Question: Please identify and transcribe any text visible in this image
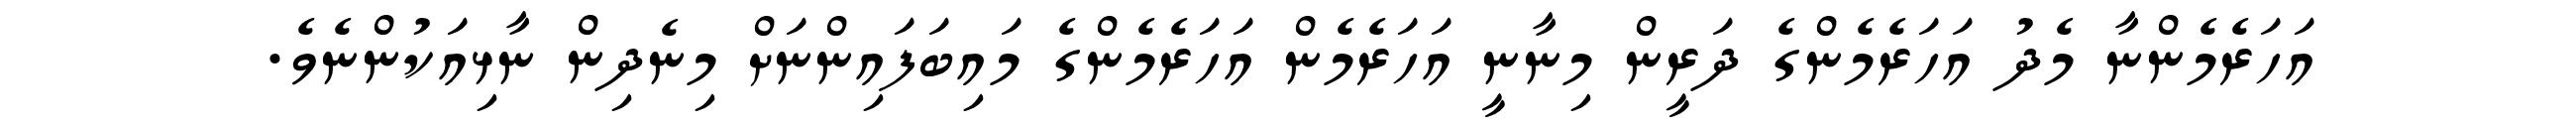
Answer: އަހަރެމެންނާ މެދު އަހަރެމެންގެ ދަރީން މިނާނީ އަހަރެމެން އަހަރެމެންގެ މައިބަފައިންނަށް މިނެދިން ނާޅިއަކުންނެވެ.